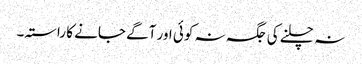
نہ چلنے کی جگہ نہ کوئی اور آگے جانے کا راستہ۔